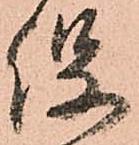
役